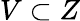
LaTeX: V\subset Z